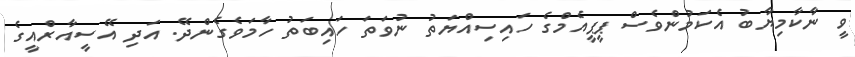
ވީ ނާކާމިޔާބު އެކަމުންވެސް ޕީޕީއެމްގެ ހައިސިއްޔަތު ނުވަތަ ހައިބަތު ހާމަވެގެންދޭ. އަދި އޭސީއާރްއީގެ